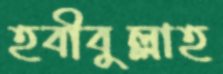
হবীবুল্লাহ